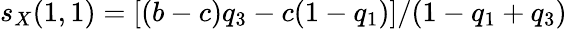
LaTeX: s_{X}(1,1)=[(b-c)q_{3}-c(1-q_{1})]/(1-q_{1}+q_{3})